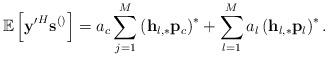
LaTeX: \begin{align*} \mathbb{E}\left[\mathbf{y'}^H\mathbf{s}^{\left(\right)}\right]=a_c\sum_{j=1}^{M}\left(\mathbf{h}_{l,*}\mathbf{p}_c\right)^{*}+\sum_{l=1}^M a_l \left(\mathbf{h}_{l,*}\mathbf{p}_l\right)^{*}.\end{align*}